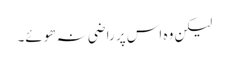
لیکن وہ اس پر راضی نہ ھوئے۔